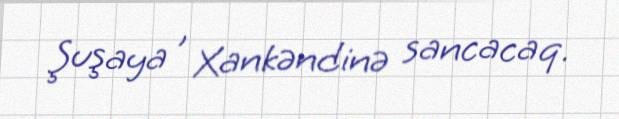
Şuşaya , Xankəndinə sancacaq.